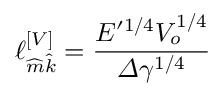
\ell _ { \widehat { m } \widehat { k } } ^ { \left[ V \right] } = \frac { E ^ { \prime 1 / 4 } V _ { o } ^ { 1 / 4 } } { \varDelta \gamma ^ { 1 / 4 } }